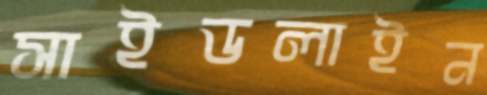
সাইডলাইন